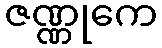
ဇဏ္ဏုကေ